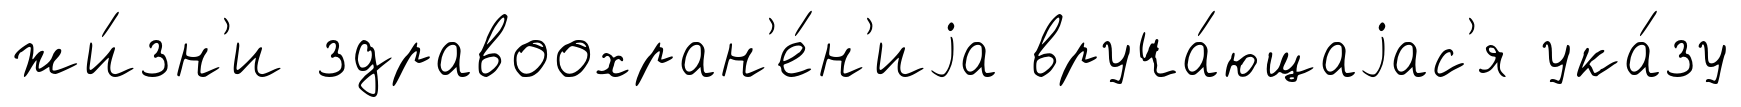
жи́зн'и здравоохран'е́н'иjа вруча́ющаjас'я ука́зу